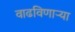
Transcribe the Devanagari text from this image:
वाढविणाऱ्या